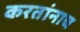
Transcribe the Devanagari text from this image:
करतांनाच